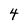
Character: 4